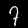
Digit: 7